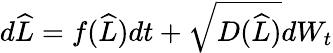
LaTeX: \begin{array}{r}{d\widehat{L}=f(\widehat{L})dt+\sqrt{D(\widehat{L})}dW_{t}}\end{array}